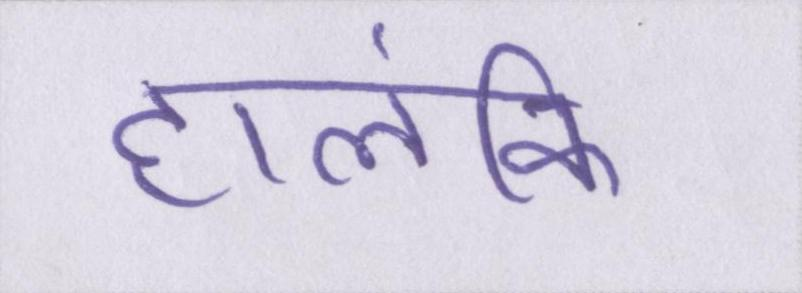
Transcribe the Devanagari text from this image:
हालंकि